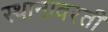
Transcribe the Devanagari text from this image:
स्थानावरती